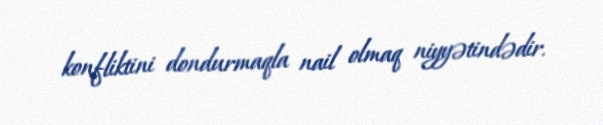
konfliktini dondurmaqla nail olmaq niyyətindədir.